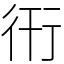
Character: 衎